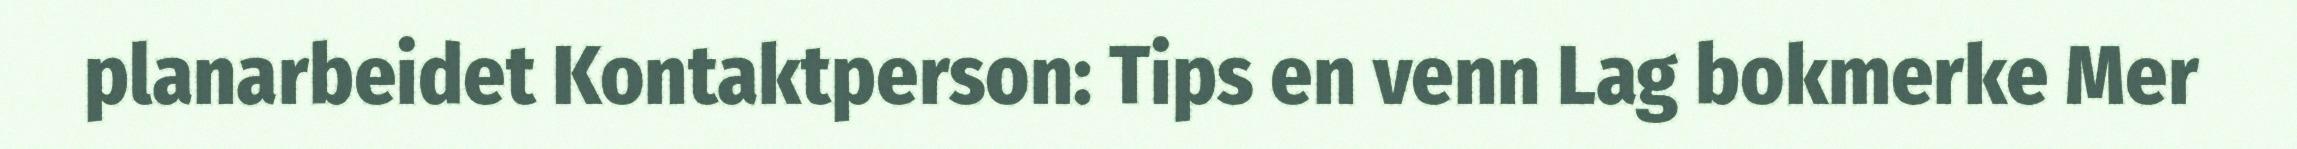
planarbeidet Kontaktperson: Tips en venn Lag bokmerke Mer